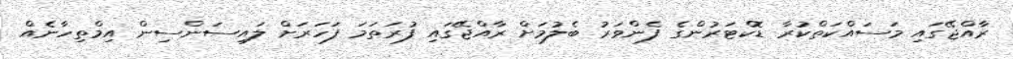
ރާއްޖޭގައި މަސައްކަތްކުރާ ޑޮކްޓަރުންގެ ފެންވަރު ބެލުމަށް ރާއްޖޭގައި ފުރަތަމަ ފަހަރަށް ލައިސަންސިން އިމްތިހާނެއް